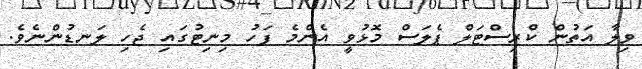
ވިލާ އަތުން ކްރިސްޓަލް ޕެލަސް މޮޅުވީ އެންމެ ފަހު މިނިޓުގައި ޖެހި ލަނޑުންނެވެ.